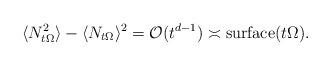
LaTeX: \begin{align*} \langle N_{t\Omega}^2\rangle-\langle N_{t\Omega}\rangle^2=\mathcal{O}(t^{d-1})\asymp\mathrm{surface}(t\Omega).\end{align*}